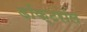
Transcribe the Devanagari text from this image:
डॉक्टरॉल